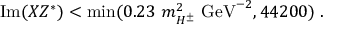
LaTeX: \mathrm { I m } ( X Z ^ { * } ) < \mathrm { m i n } ( 0 . 2 3 ~ m _ { H ^ { \pm } } ^ { 2 } ~ \mathrm { G e V } ^ { - 2 } , 4 4 2 0 0 ) \; .